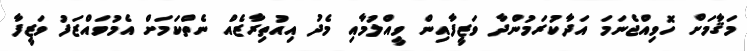
މަޤާމަށް ހޮވިއްޖެނަމަ އަދާކުރަމުންދާ ވަޒީފާއިން ވީއްލުމާއި މެދު އިއުތިރާޒެއް ނެތްކަމަށް އެމުވައްޒަފު ވަޒީފާ